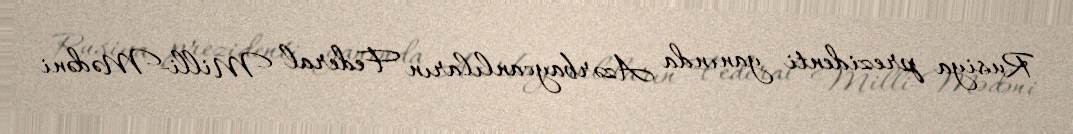
Rusiya prezidenti yanında Azərbaycanlıların Federal Milli-Mədəni